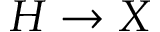
H \rightarrow X